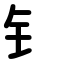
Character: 钅